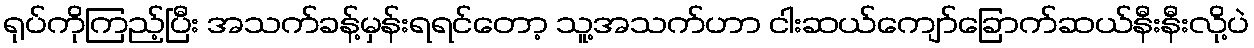
ရုပ်ကိုကြည့်ပြီး အသက်ခန့်မှန်းရရင်တော့ သူ့အသက်ဟာ ငါးဆယ်ကျော်ခြောက်ဆယ်နီးနီးလို့ပဲ